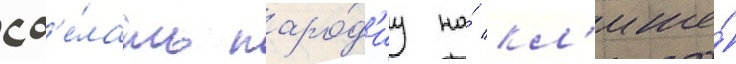
сд'е́лать паро́д'иу на́ кл'ише́